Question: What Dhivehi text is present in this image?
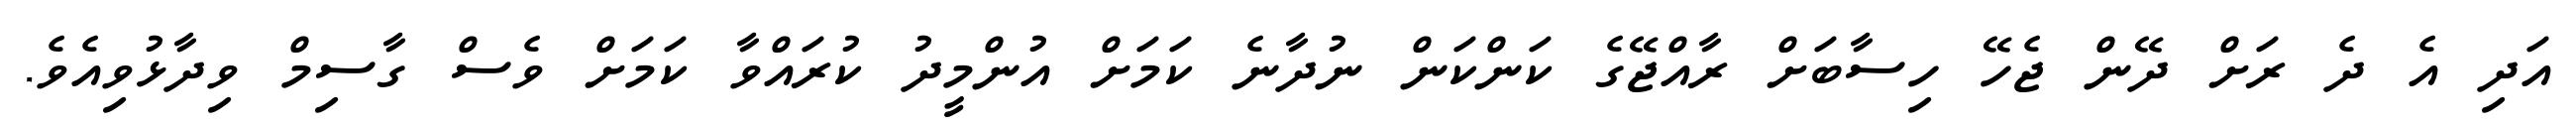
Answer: އަދި އެ ދެ ރަށް ދޭން ޖެހޭ ހިސާބަށް ރާއްޖޭގެ ކަންކަން ނުދާނެ ކަމަށް އުންމީދު ކުރައްވާ ކަމަށް ވެސް ގާސިމް ވިދާޅުވިއެވެ.